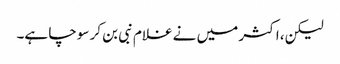
لیکن، اکثر میں نے غلام نبی بن کر سوچا ہے۔